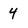
Character: 4